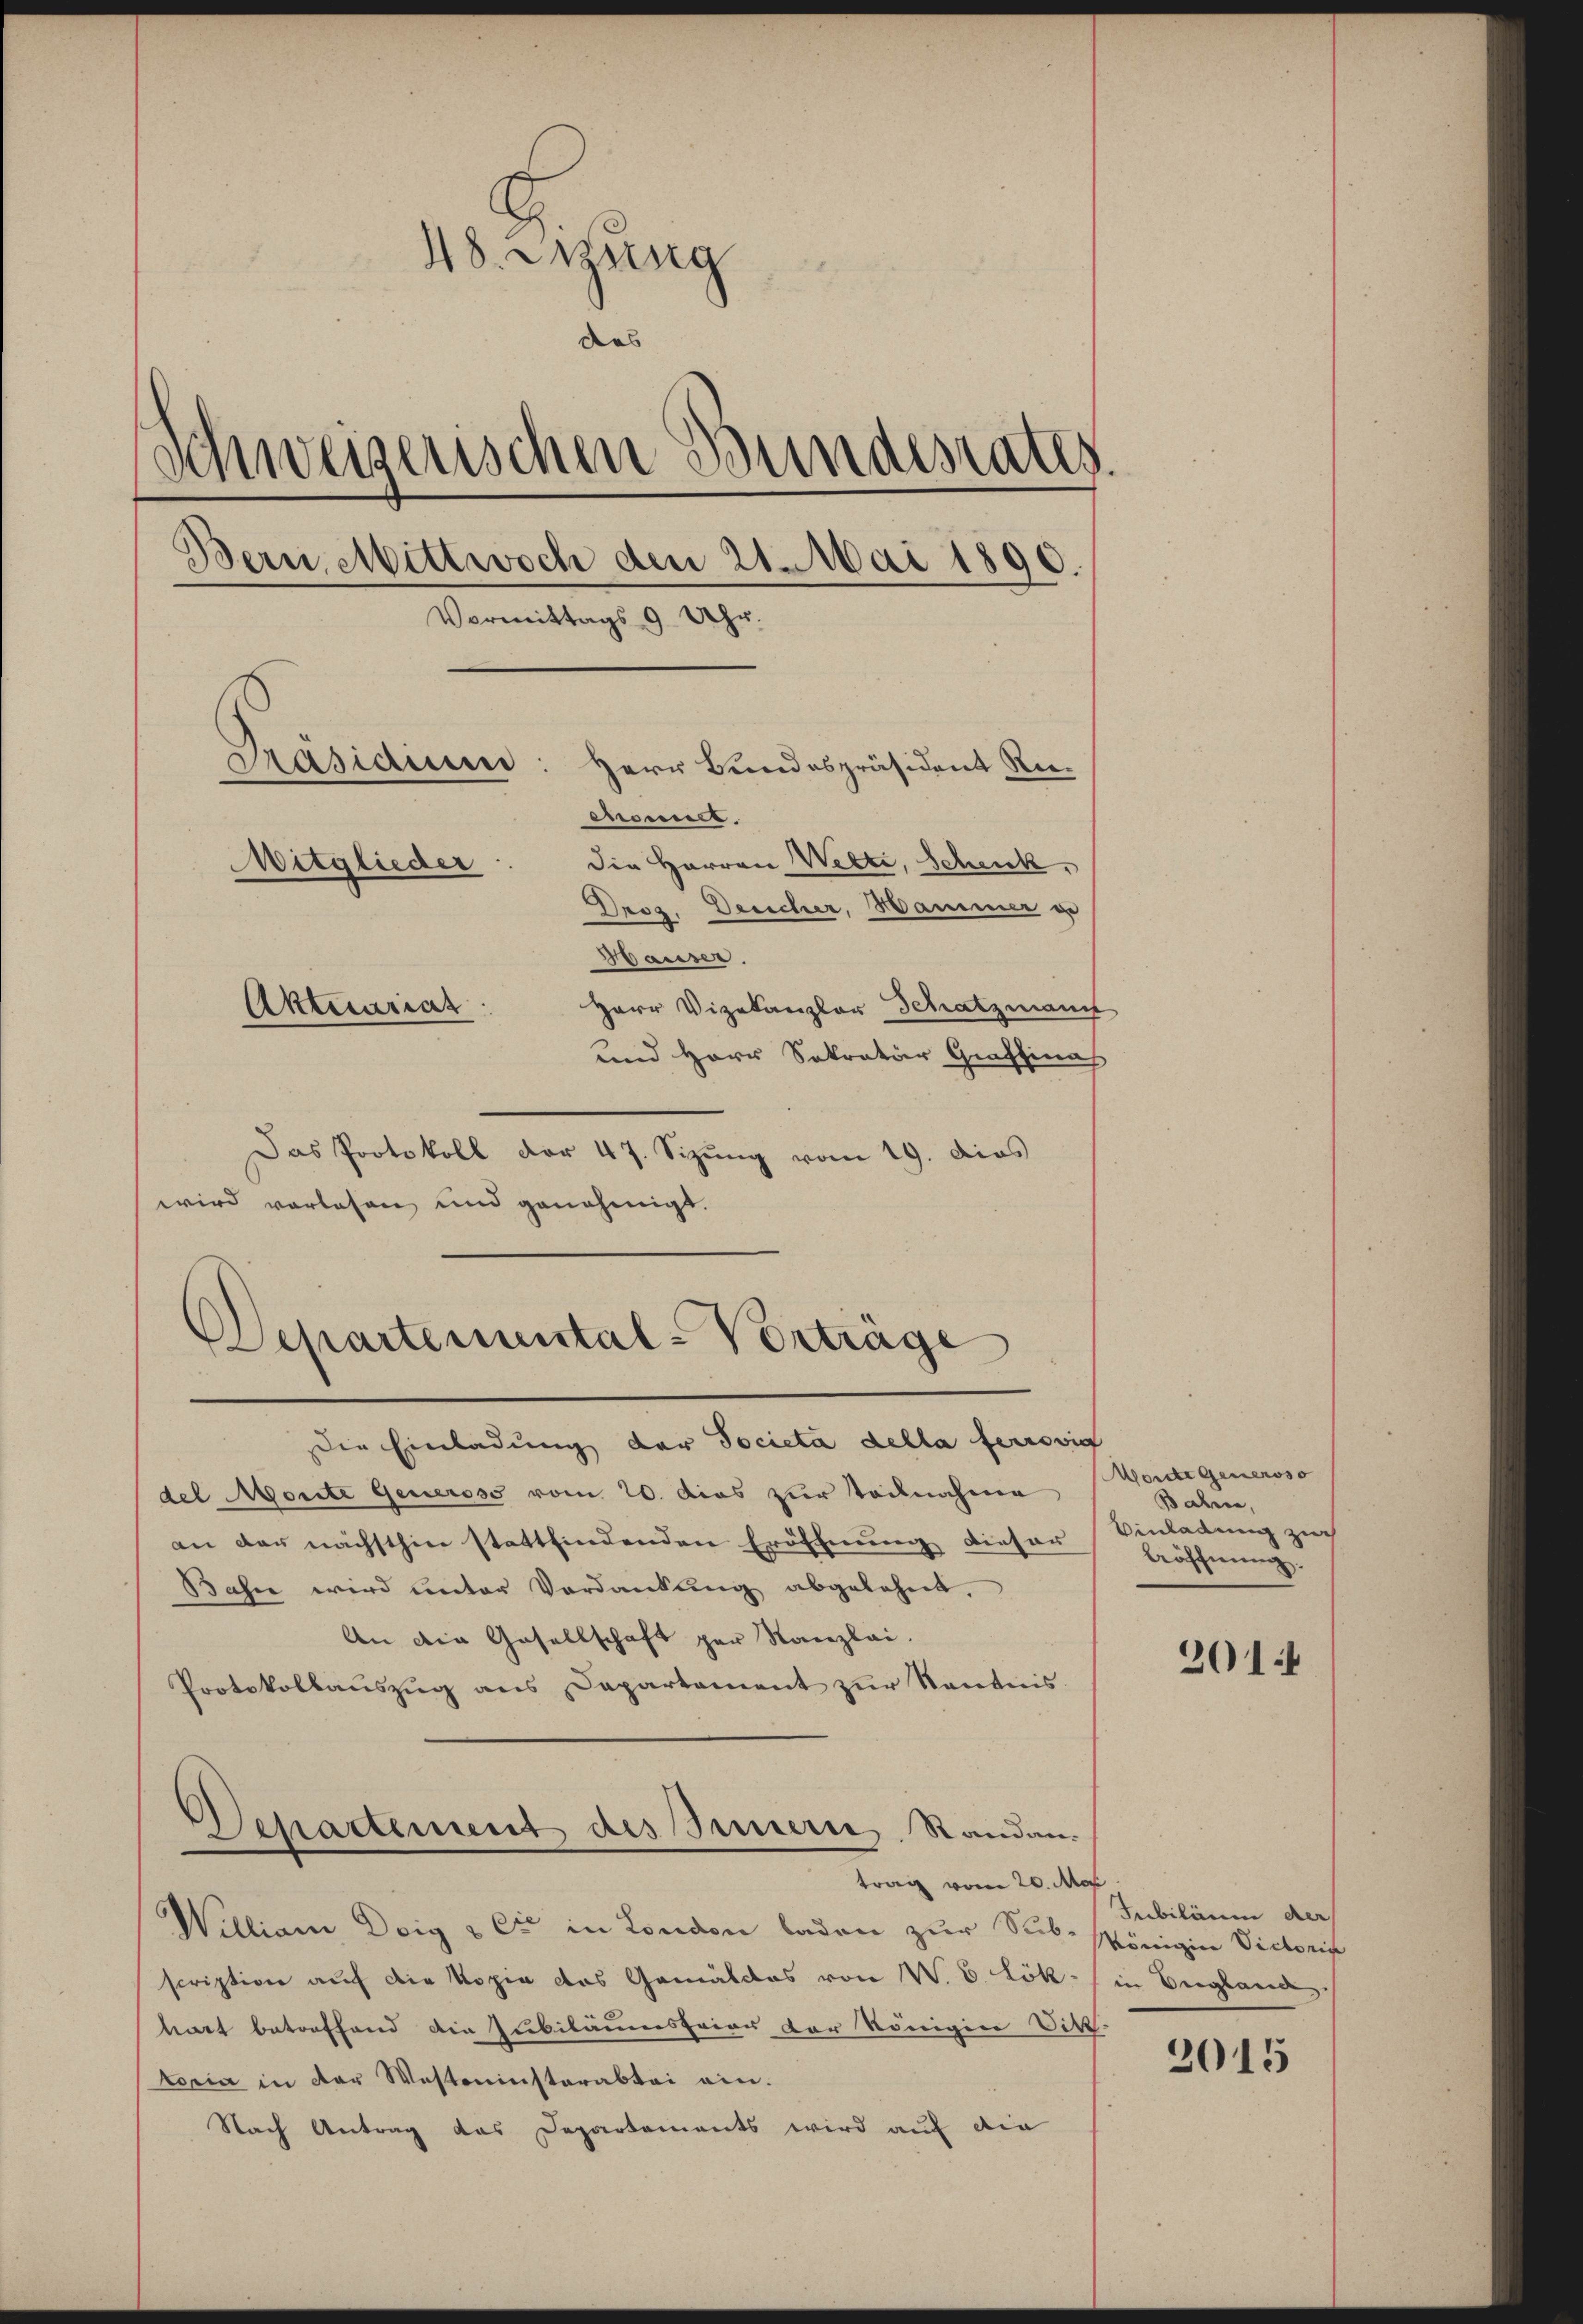
48. Wung
das
schweizerischen Bundesrates.
Bern Mittwoch den 21. Mai 1890.
Vormittags 9 Uhr.
Präsidium: Herr Bundespräsident Reenamt.
die Herren Welti, Schenk,
Witglieder
Droz. Deucher, Hammer ge
Hauser.
Herr Vizekanzler Schatzmann
Aktuariat
und Herr Sokratior Graffinas

Das Protokoll der 47. Sizung vom 19. dies
wird vorlesen und genehmigt.

Die Einladung der Societa della ferrodig
del Morite Generoso vom 20. dies zur Teilnahme
an der nächsthin stattfindenden Eröffnung dieser
Bahn wird unter Verdankung abgelehnt.
An die Gesellschaft per Kanzlei.
Protokollauszug aus Departement zur Kentnis
Departement des Innern, Standen.
trag vom 20. Mos
William Doig & Cie in London laden zur Sub-Königin Victoris
scription auf die Kopie das Gemäldes von V. C. Lök- in England
hart betreffend die Jubiläumsfeier der königen Vikt
toria in der Westminsterabtei ein.
Nach Antrag das Departements wird auf die

Departemental-Vorträge

Moide Generoso
Bahren,
Vinladung zur
beöffnung.

2014

Jubiläum der

2015